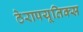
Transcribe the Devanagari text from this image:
ठेरापयूतिक्स